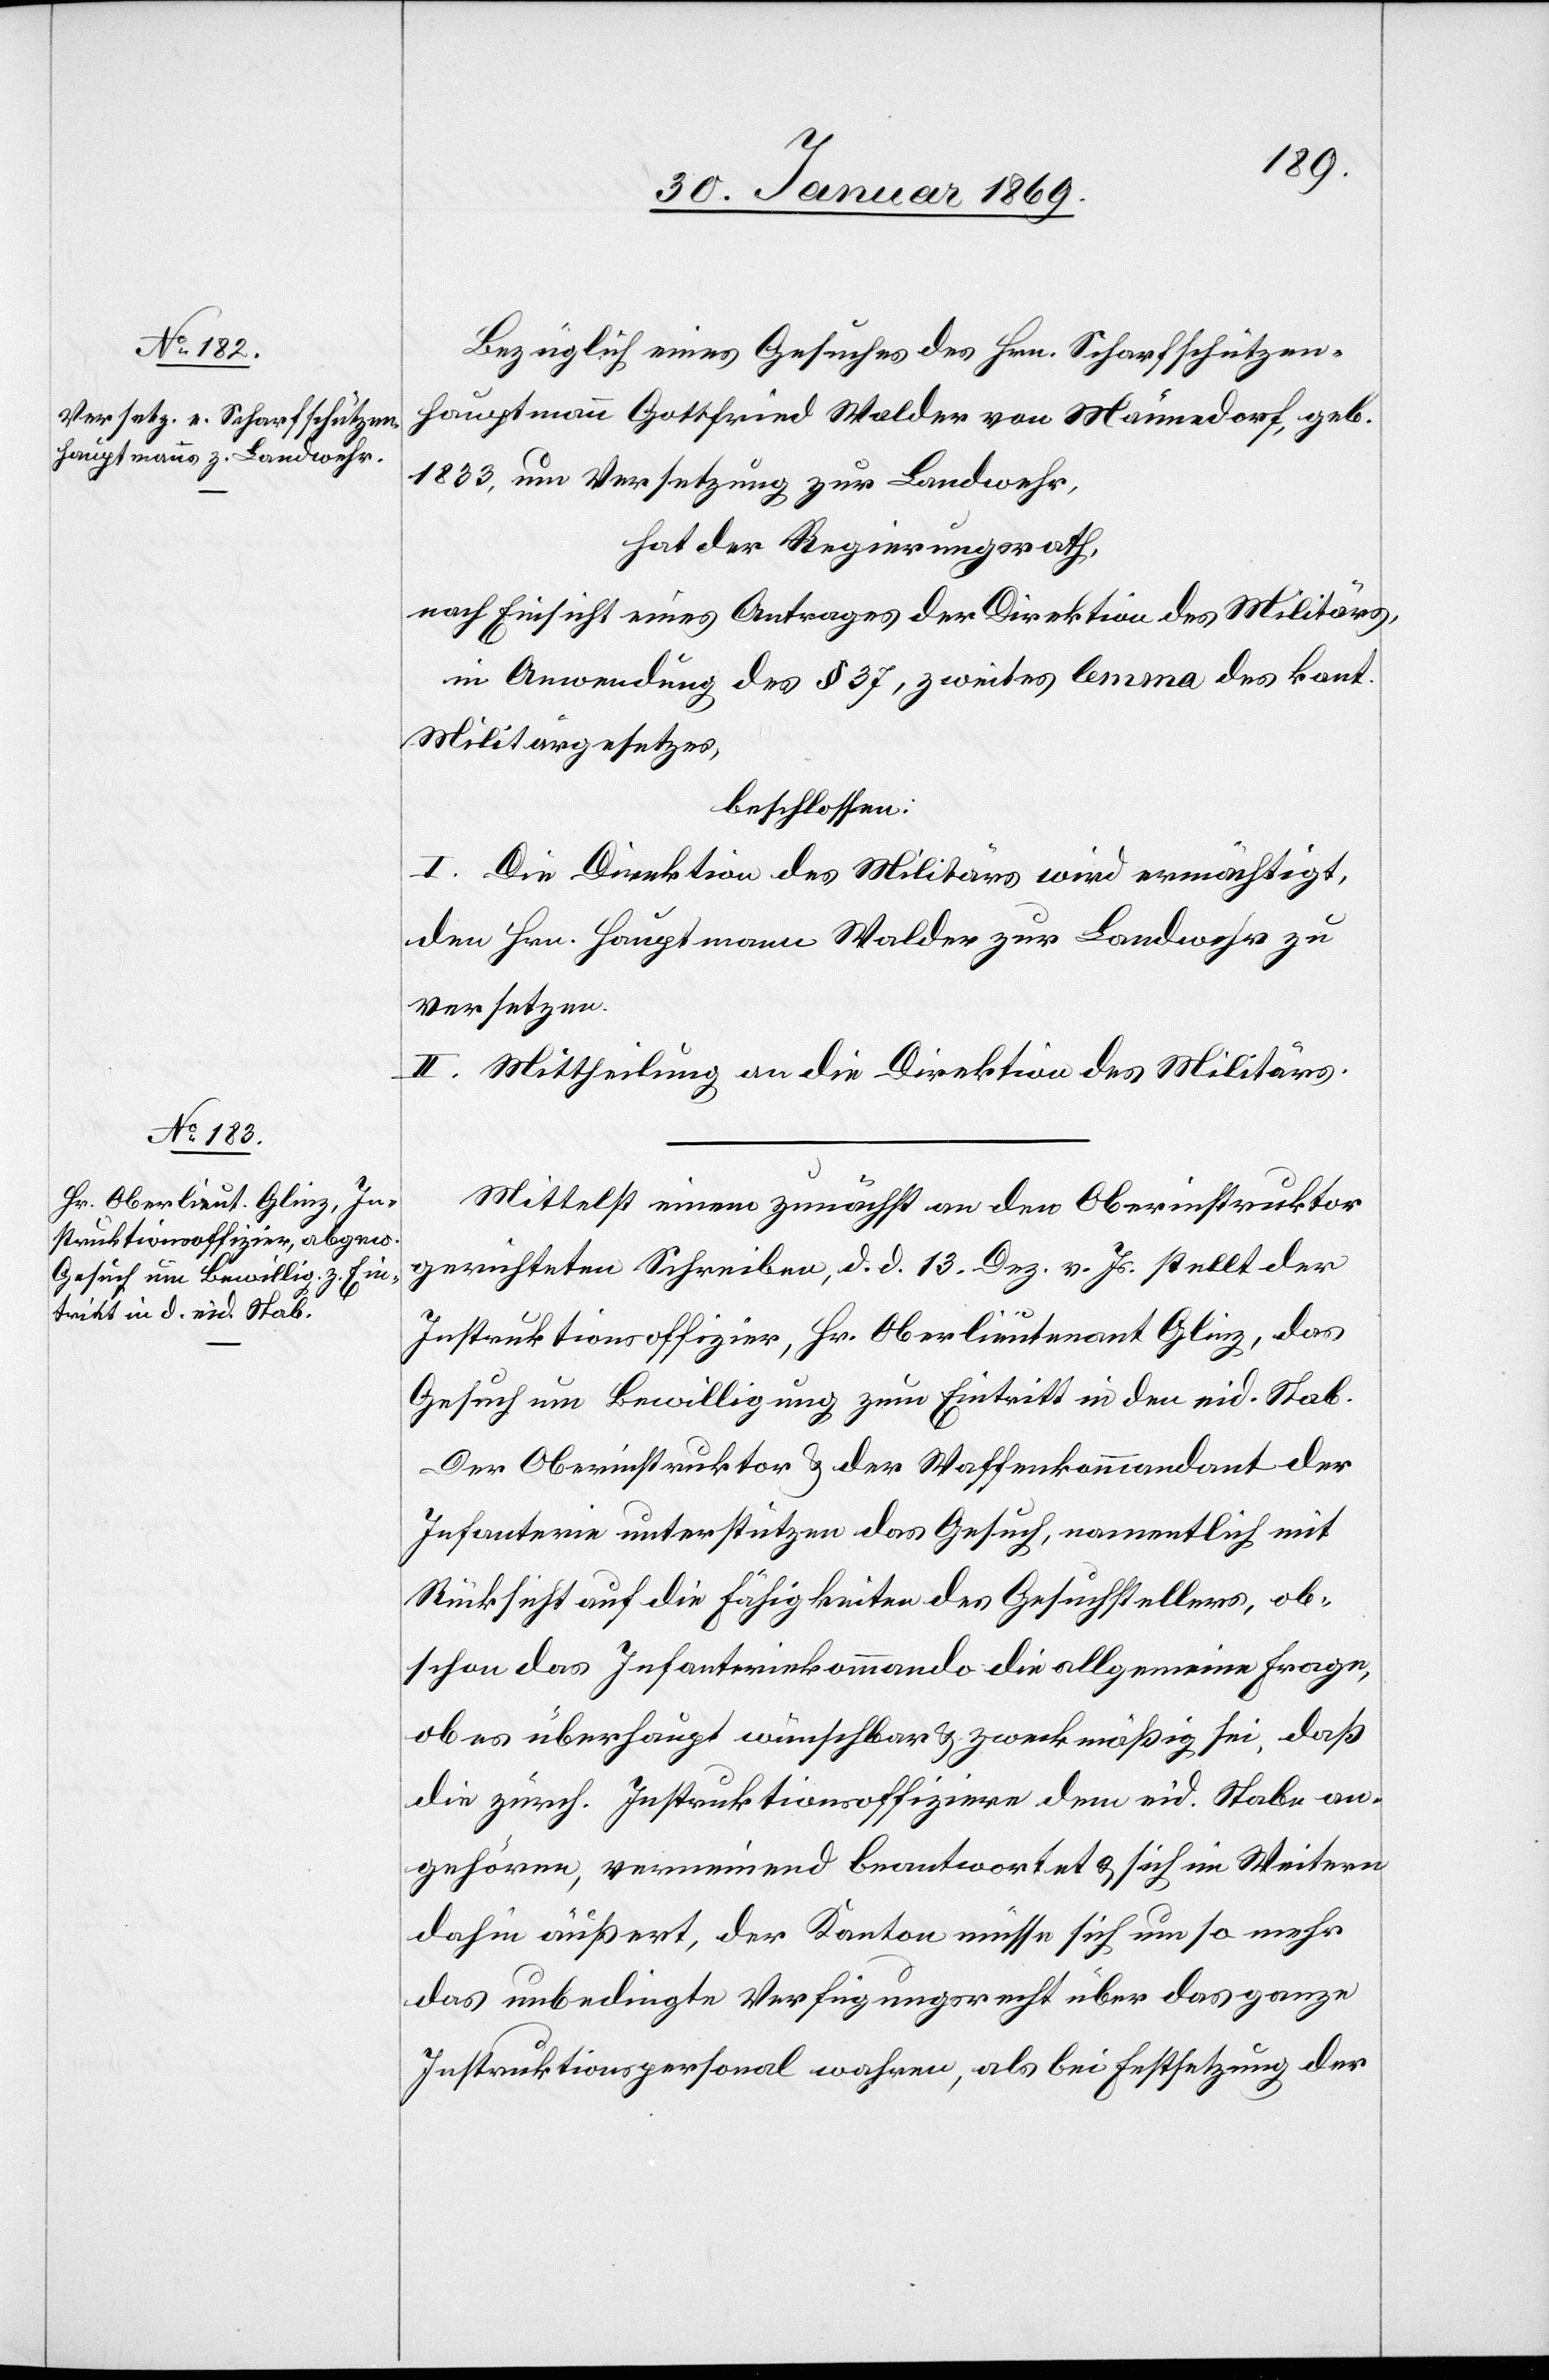
Bezüglich eines Gesuches des Hrn. Scharfschützen¬
hauptmann Gottfried Walder von Männedorf, geb.
1863 um Versetzung zur Landwehr,
hat der Regierungsrath,
nach Einsicht eines Antrages der Direktion des Militärs,
in Anwendung des § 37, zweites lemma des kant.
Militärgesetzes,
beschlossen:
I. Die Direktion des Militärs wird ermächtigt,
den Hrn. Hauptmann Walder zur Landwehr zu
versetzen.
II. Mittheilung an die Direktion des Militärs.
Mittelst einem zunächst an den Oberinstruktor
gerichteten Schreiben, d. d. 13. Dez. v. Js. stellt der
Instruktionsoffizier, Hr. Oberlieutnant Glinz, das
Gesuch um Bewilligung zum Eintritt in den eid. Stab.
Der Oberinstruktor u. der Waffenkommandant der
Infanterie unterstützen das Gesuch, namentlich mit
Rücksicht auf die Fähigkeiten des Gesuchstellers, ob¬
schon das Infanteriekommando die allgemeine Frage,
ob es überhaupt wünschbar u. zweckmäßig sei, daß
die zürch. Instruktionsoffiziere dem eid. Stabe an¬
gehören, verneinend beantwortet u. sich im Weitern
dahin äußert, der Kanton müsse sich um so mehr
das unbedingte Versicherungsrecht über das ganze
Instruktionspersonal wahren, als bei Festsetzung der